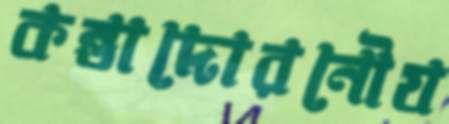
কন্তাদোরনৌয